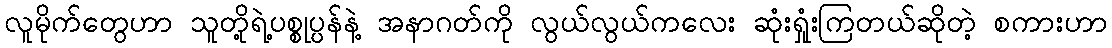
လူမိုက်တွေဟာ သူတို့ရဲ့ပစ္စုပ္ပန်နဲ့ အနာဂတ်ကို လွယ်လွယ်ကလေး ဆုံးရှုံးကြတယ်ဆိုတဲ့ စကားဟာ